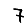
Digit: 7